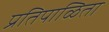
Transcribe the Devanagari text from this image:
प्रतिपाळिता